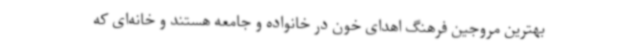
بهترین مروجین فرهنگ اهدای خون در خانواده و جامعه هستند و خانه‌ای که